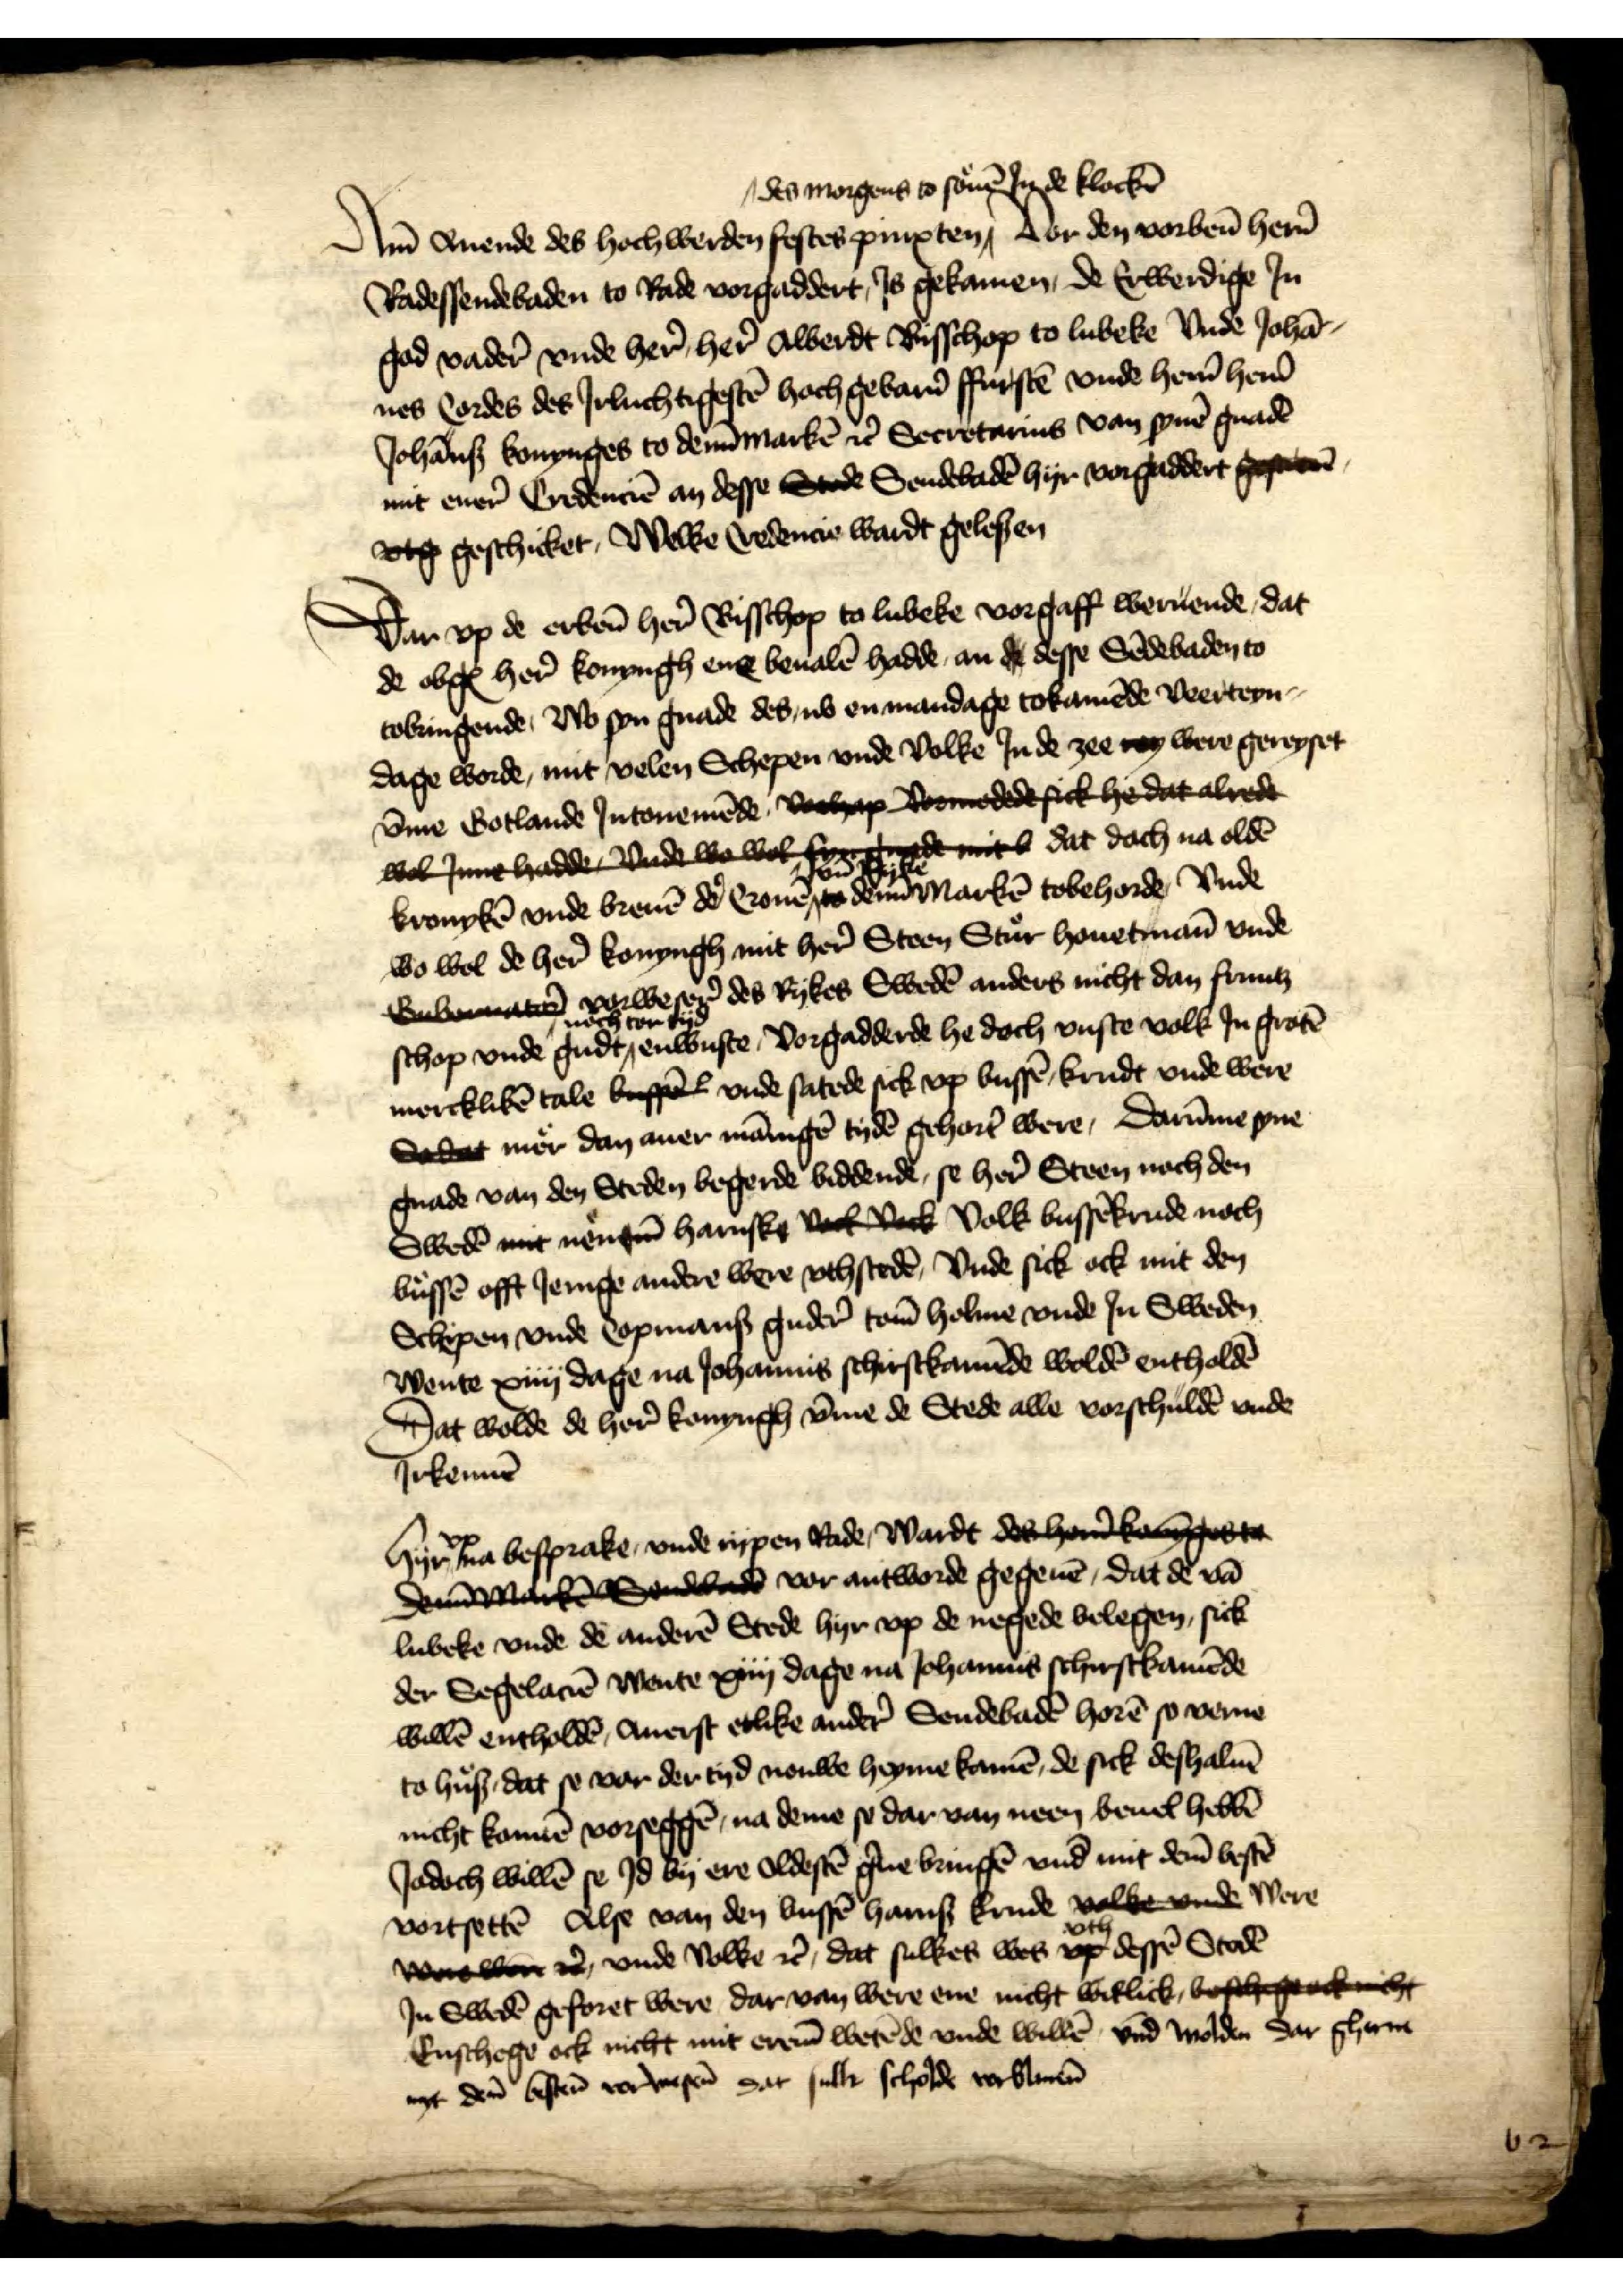
Am̄ Auende des hochwerden festes pinxsten des morgens to souē Jn de klockē Vor den vorben̄ her̉n  
Radessendebaden to Rade vorgaddert, Js gekamen, de Erwerdige Jn
god vader̉ vnde her̉ her̉ Alberdt Bisschop to Lubeke Vnde Johā¬
nes Cordes des Jrluchtigestē hoch gebarn̄ ffurstē vnde her̉n, her̉n
Johānis Konynges to Denn̄marckē et̉ Secretarius van synē gnadē
mit ener̉ Credenciē an desse Stede Sendebadē hyr vorgaddert gewesen
vtg geschicket, Welke credencie wardt gelesen

Dar up de eben̄ her̉ Bisschop to Lubeke vorgaff weruende, dat
de obgꝬ her̉ konyngh ere beualē hadde, an de desse Sēdebaden to
tobringende, wo syn gnade des ub en mandage tokamēde veerteyn¬
dage worde, mit velen Schepen und Volke Jn de zee wy were gereyset
v̄me Gotlande Jntonemēde vorhep vormolldt sick hie dat altelt
lcl inne balle undt wolbet syrdnglt mitb dat doch na oldē
kronykē vnde breuē dẻ cronē vnde ryke Denn̄markē tobehorde Vnde
wo woll de her̉ konyngh mit her̉ Steen Stur houetman̄ vnde
wlbesn vorweser̉ des Rykes Swedē anders nicht dan fruntz 
schop vnde gudt noch tor tyd enwuste, Vorgadderde he doch vuste volk Jn grotē
mercklikē tale beffel vnde satede sick up bussē, krudt vnde were
Saet mer dan auer mānigē tydē gehort̄ were, Darūme syne
gnade van den Steden begerde biddende, se her̉ Steen noch den
Swedē mit nennē harnske vot veck Volk bussēkrude noch
bussē offt Jenige andere were vthstedē, vnde sick ock mit dem
Schipen vnd copmans guder̉ tom̄ holme und Jn Sweden
wente xiiij dage na Johannis schirstkomēde woldē entholdē
Dat wolde de her̉ konyngh v̄me de Stede alle vorschuldē vnde
Jrkennē

Hyr vp na besprake, vnde rypen Rade wardt derhandkagete
dndMache Sendenb vor antworde gegeuē, dat de vā
Lubeke vnde de anderē Stede hyr vp de negede belegen, sick
der Segelaciē wente xiiij dage na Johannis schirstkamēde
willē entholdē auerst etlike ander̉ Sendebandē horē so verne
to huß, dat se vor der tyd nouwe heyme kamē, de sick deshaluē
nicht konnē vorseggē, na deme se dar van neen beuel hebbē
Jodoch willē se Jd by ere oldestē g̉ne bringē und mit dem̄ bestē
vortsettē Alse van den bussē Haniß Krude volke vnde were
veollen es vnde Volke et̉, dat sulkes wes vth dessē Stedē
Jn Swedē geforet were dar von were ene nicht wittlick, beshgerkiht
Enschege ock nicht mit erem̄ wetēde vnde willē vnd wolden dar gherne
myt den besten vorwesen dat sulke scholde verbleuen